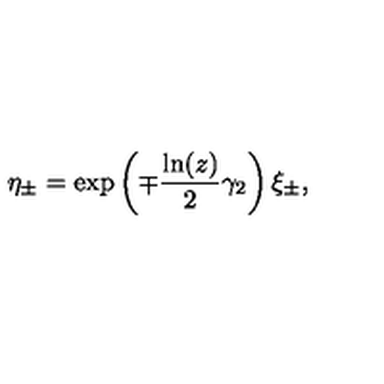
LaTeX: \eta _ { \pm } = \exp \left( \mp \frac { \ln ( z ) } { 2 } \gamma _ { 2 } \right) \xi _ { \pm } ,